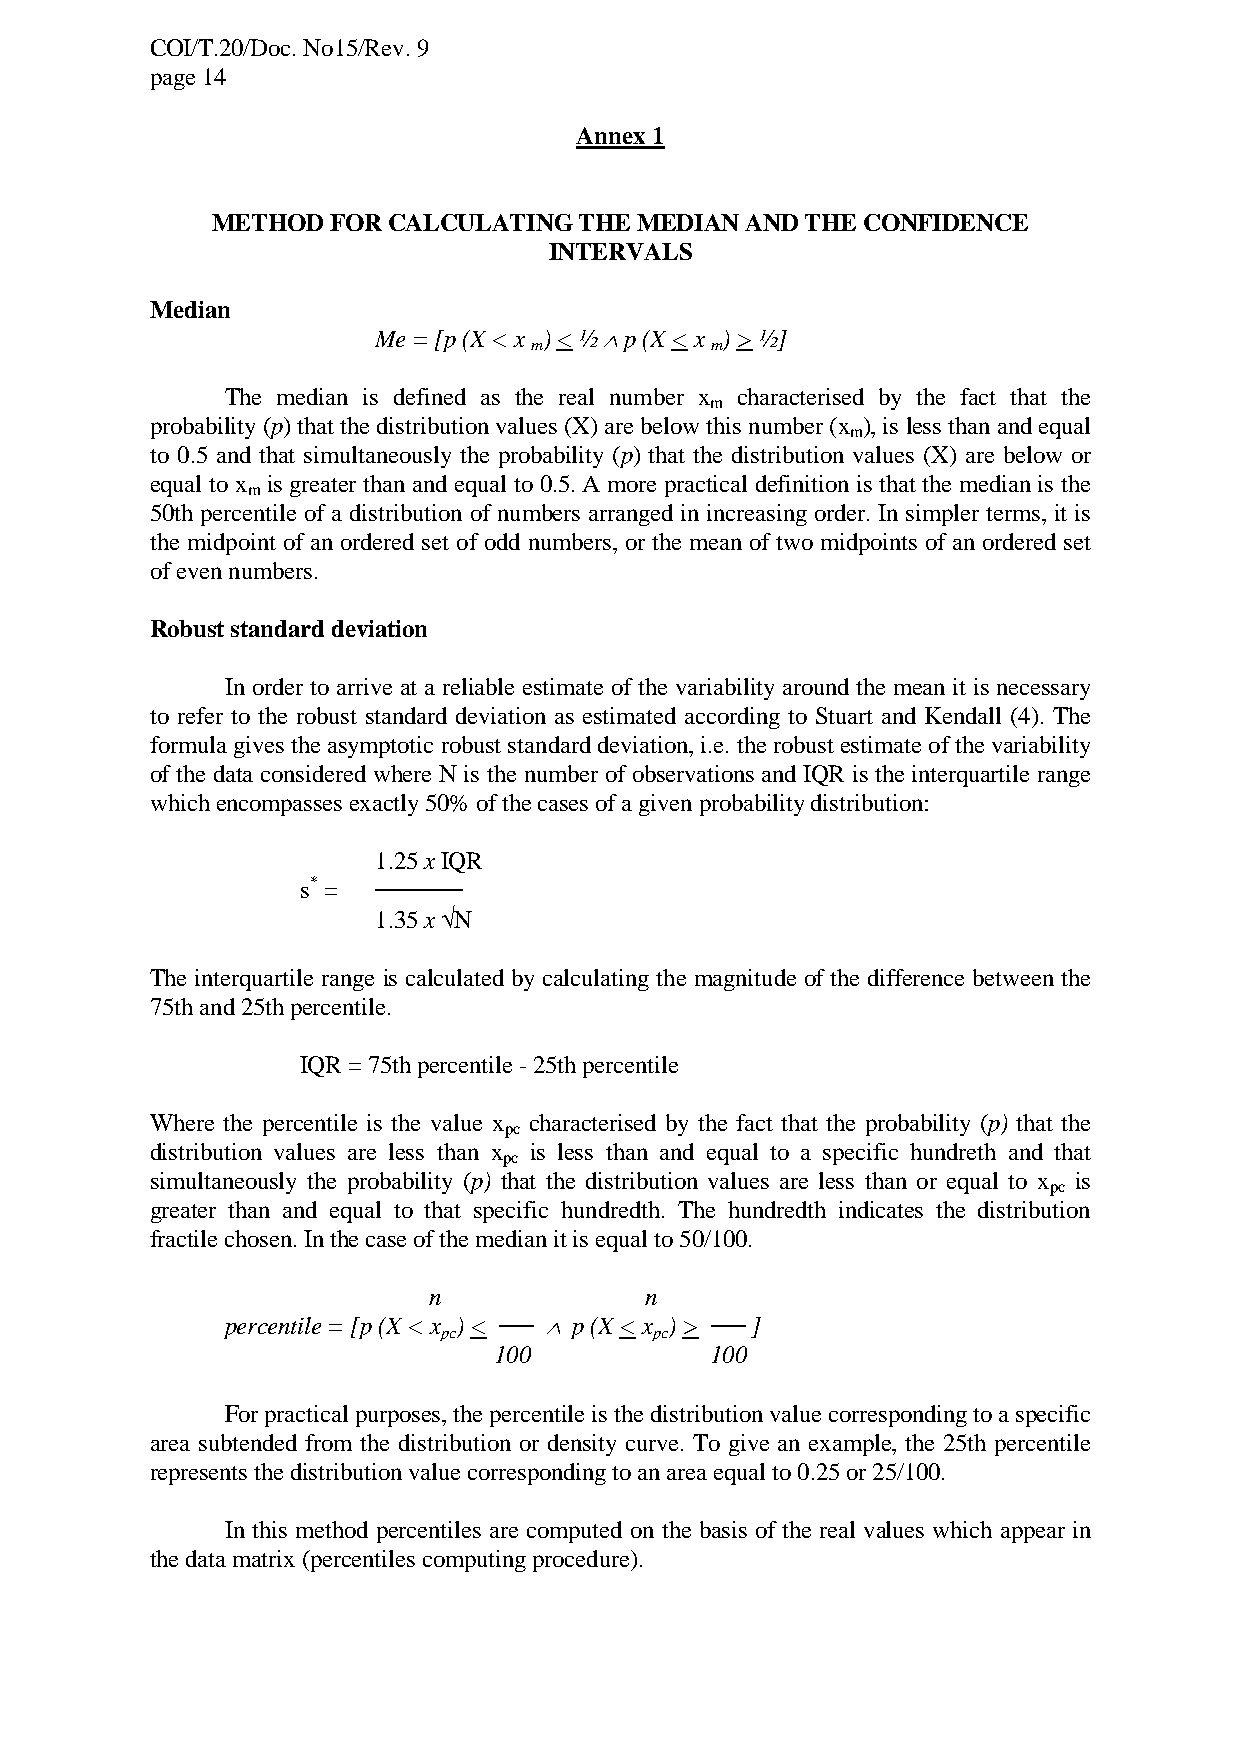
COI/T.20/Doc. No15/Rev. 9
 page 14
 Annex 1
 METHOD  FOR CALCULATING THE MEDIAN AND THE CONFIDENCE
 INTERVALS
 Median
 Me = [p (X < x ) < ½  p (X < x ) > ½]
 m           m
 The median is defined as the real number x characterised by the fact that the
 m
 probability (p) that the distribution values (X) are below this number (x ), is less than and equal
 m
 to 0.5 and that simultaneously the probability (p) that the distribution values (X) are below or
 equal to x is greater than and equal to 0.5. A more practical definition is that the median is the
 m
 50th percentile of a distribution of numbers arranged in increasing order. In simpler terms, it is
 the midpoint of an ordered set of odd numbers, or the mean of two midpoints of an ordered set
 of even numbers.
 Robust standard deviation
 In order to arrive at a reliable estimate of the variability around the mean it is necessary
 to refer to the robust standard deviation as estimated according to Stuart and Kendall (4). The
 formula gives the asymptotic robust standard deviation, i.e. the robust estimate of the variability
 of the data considered where N is the number of observations and IQR is the interquartile range
 which encompasses exactly 50% of the cases of a given probability distribution:
 1.25 x IQR
 s* = ─────
 1.35 x N
 The interquartile range is calculated by calculating the magnitude of the difference between the
 75th and 25th percentile.
 IQR = 75th percentile - 25th percentile
 Where the percentile is the value x characterised by the fact that the probability (p) that the
 pc
 distribution values are less than x is less than and equal to a specific hundreth and that
 pc
 simultaneously the probability (p) that the distribution values are less than or equal to x is
 pc
 greater than and equal to that specific hundredth. The hundredth indicates the distribution
 fractile chosen. In the case of the median it is equal to 50/100.
 n              n
 percentile = [p (X < x ) < ──  p (X < x ) > ── ]
 pc            pc
 100           100
 For practical purposes, the percentile is the distribution value corresponding to a specific
 area subtended from the distribution or density curve. To give an example, the 25th percentile
 represents the distribution value corresponding to an area equal to 0.25 or 25/100.
 In this method percentiles are computed on the basis of the real values which appear in
 the data matrix (percentiles computing procedure).